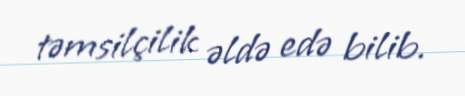
təmsilçilik əldə edə bilib.